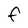
Character: F